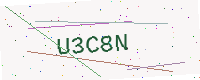
Text: U3C8N